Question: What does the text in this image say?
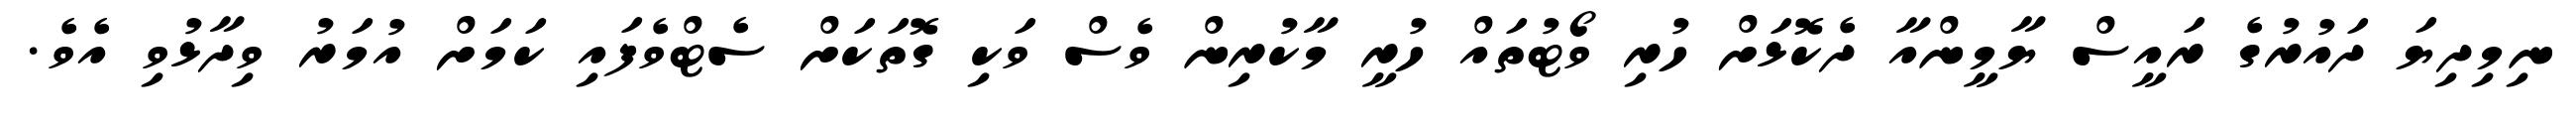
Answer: ނިމިދިޔަ ދައުރުގެ ރައީސް ޔާމީންއާ ދެކޮޅަށް ހުރި ވޯޓުތައް ހުރީ މާކުރިން ވެސް ވަކި ގޮތަކަށް ސެޓްވެފައި ކަމަށް އުމަރު ވިދާޅުވި އެވެ.